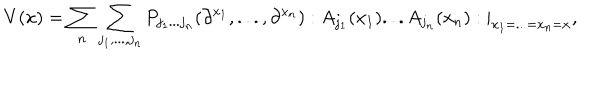
LaTeX: V ( x ) = \sum _ { n } \sum _ { j _ { 1 } , . . . , j _ { n } } P _ { j _ { 1 } . . . j _ { n } } ( \partial ^ { x _ { 1 } } , . . . , \partial ^ { x _ { n } } ) : A _ { j _ { 1 } } ( x _ { 1 } ) . . . A _ { j _ { n } } ( x _ { n } ) : | _ { x _ { 1 } = . . . = x _ { n } = x } ,